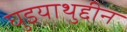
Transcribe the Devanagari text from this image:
घुइयाथुद्दीन